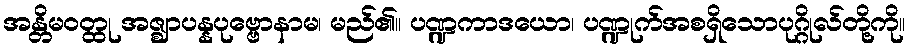
အန္တိမဝတ္ထု အဇ္ဈာပန္နပုဗ္ဗောနာမ၊ မည်၏။ ပဏ္ဍကာဒယော၊ ပဏ္ဍုက်အစရှိသောပုဂ္ဂိုလ်တို့ကို။